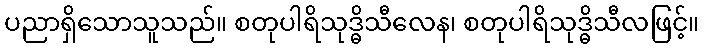
ပညာရှိသောသူသည်။ စတုပါရိသုဒ္ဓိသီလေန၊ စတုပါရိသုဒ္ဓိသီလဖြင့်။